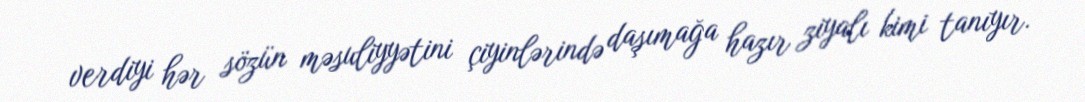
verdiyi hər sözün məsuliyyətini çiyinlərində daşımağa hazır ziyalı kimi tanıyır.